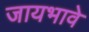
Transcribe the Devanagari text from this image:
जायभावे